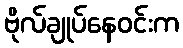
ဗိုလ်ချုပ်နေဝင်းက